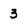
Character: 3